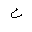
Letter: _ayn